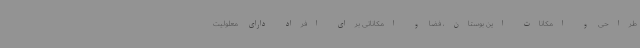
طراحی و امکانات این بوستان، فضا و امکاناتی برای افراد دارای معلولیت